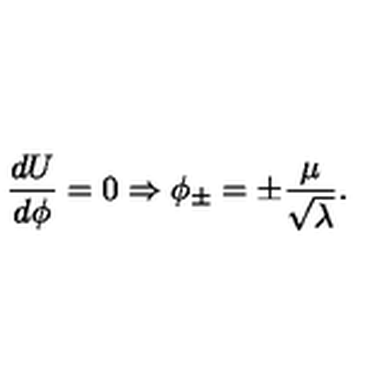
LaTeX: \frac { d U } { d \phi } = 0 \Rightarrow \phi _ { \pm } = \pm \frac { \mu } { \sqrt { \lambda } } .